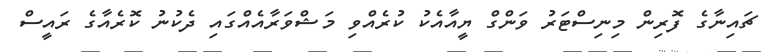
ޗައިނާގެ ފޮރިން މިނިސްޓަރު ވަންގް ޔީއާއެކު ކުރެއްވި މަޝްވަރާއެއްގައި ދެކުނު ކޮރެއާގެ ރައީސް